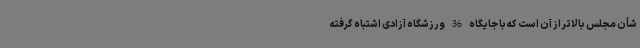
شأن مجلس بالاتر از آن است که با جایگاه 36 ورزشگاه آزادی اشتباه گرفته